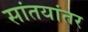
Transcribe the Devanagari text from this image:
सांतयांतर